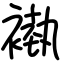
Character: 褹